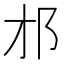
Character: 𨙴